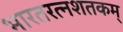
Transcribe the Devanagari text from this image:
भारतरत्नशतकम्